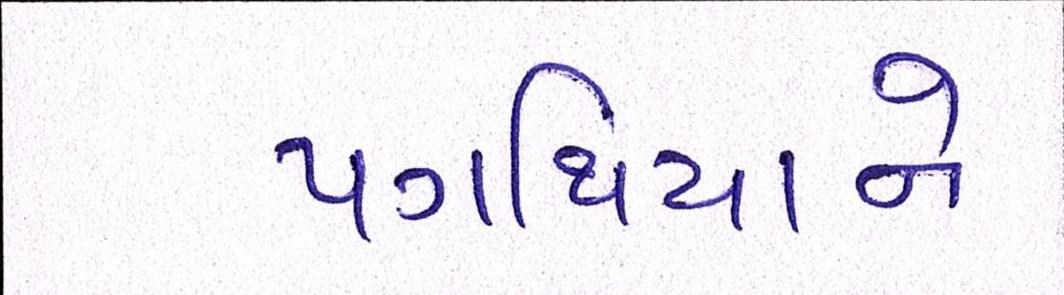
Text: પગથિયાને